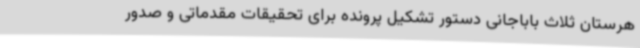
هرستان ثلاث باباجانی دستور تشکیل پرونده برای تحقیقات مقدماتی و صدور